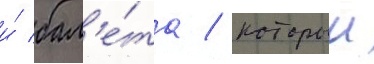
и́ бал'е́та / которыи